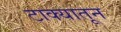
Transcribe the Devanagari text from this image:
टाक्यातून